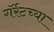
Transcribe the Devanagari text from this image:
गॅर्रटच्या